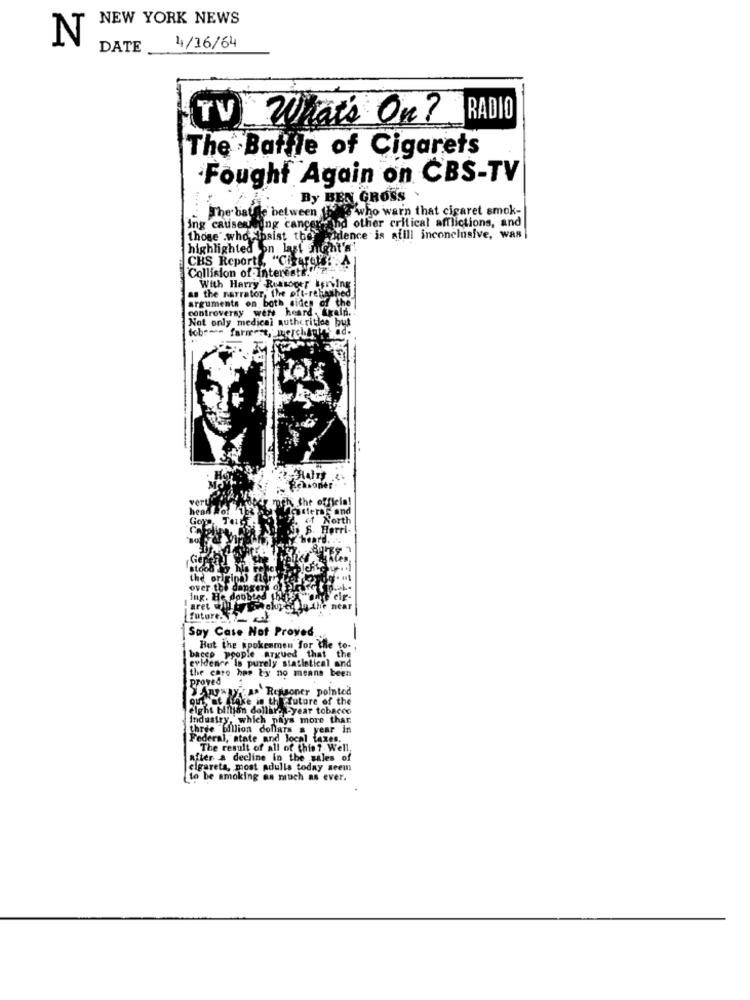
NEW YORK NEWS
N
DATE
4/16/64
TV What's On?
RADIO
The Battle of Cigarets
Fought Again on CBS-TV
By BEN GROSS
Ms who warn that cigaret smok-
The battle between the
Ing causerising cancer
and other critical afflictions, and
those whoFinsist the dagdence is afill inconclusive, was
highlighted on lat ent's!
CHS Reports, "Cigaret !! ".A
Collision of Interest !!!
as the narrator, the oft-rehashed
With Harry Russoger tering
controversy were heard. train.
arguments on both sides of the
Not only medical autheritice but
tob ---
farmes
Pesonier
Gor
near
future.
Say Case Not Proyed
-
bacep people argued that the
But the spokenmen for the to-
evidence Is purely siatletic
the cato hes by no means been
proved
as' Ressoner pointed
out, at stake in thefuture of the
elght billion dollare -year tobacco
Industry, which pays more thar
three Million dollars
. year in
Federal, state and local taxe
The result of all of this ? Well
after a decline in the sales of
cigareta, most adulls today seem
to be smoking as much as ever.